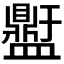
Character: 𭾕